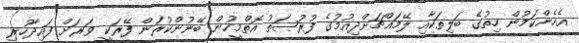
އެހެންކަމުން ހިތުގެ ބަލިތަކާއި ލޭމައްޗަށްދިއުމުގެ ފުރުޞަތު އޮތްމީހުން ބޭނުންކުރަން ފޭރަކީ ވަރަށް ފައިދާހުރި